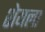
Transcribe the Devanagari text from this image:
शेयला